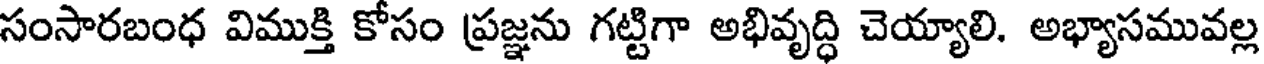
సంసారబంధ విముక్తి కోసం ప్రజ్ఞను గట్టిగా అభివృద్ధి చెయ్యాలి. అభ్యాసమువల్ల